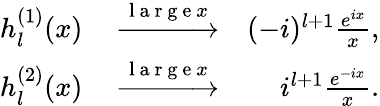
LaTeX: \begin{array}{rlr}{h_{l}^{(1)}(x)}&{{}\xrightarrow{\mathrm{~l~a~r~g~e~}x}}&{(-i)^{l+1}\frac{e^{ix}}{x},}\\ {h_{l}^{(2)}(x)}&{{}\xrightarrow{\mathrm{~l~a~r~g~e~}x}}&{i^{l+1}\frac{e^{-ix}}{x}.}\end{array}